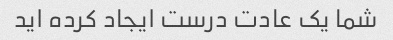
شما یک عادت درست ایجاد کرده اید